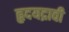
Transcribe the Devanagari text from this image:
हृदयद्रावी